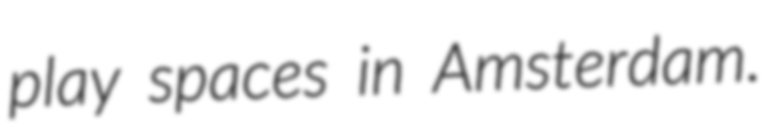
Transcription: play spaces in Amsterdam.